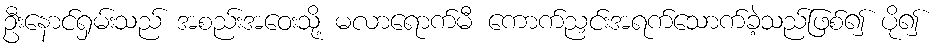
ဦးနောင်ရှမ်းသည် အစည်းအဝေးသို့ မလာရောက်မီ ကောက်ညှင်းအရက်သောက်ခဲ့သည်ဖြစ်၍ ပို၍